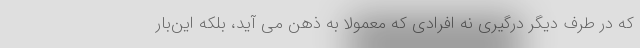
که در طرف دیگر درگیری نه افرادی که معمولا به ذهن می آید، بلکه این‌بار